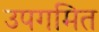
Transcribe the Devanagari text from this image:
उपगमित